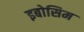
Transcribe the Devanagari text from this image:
इबोसिम